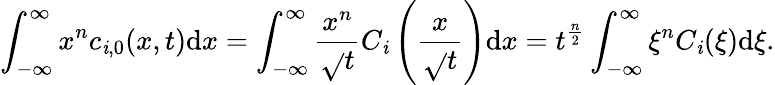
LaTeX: \int_{-\infty}^{\infty}x^{n}c_{\mathit{i},0}(x,t)\mathrm{{d}}x=\int_{-\infty}^{\infty}\frac{{x^{n}}}{{\sqrt{}{{t}}}}C_{\mathit{i}}\left(\frac{{x}}{{\sqrt{}{{t}}}}\right)\mathrm{{d}}x=t^{\frac{{n}}{{2}}}\int_{-\infty}^{\infty}\xi^{n}C_{\mathit{i}}(\xi)\mathrm{{d}}\xi.